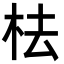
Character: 㭕